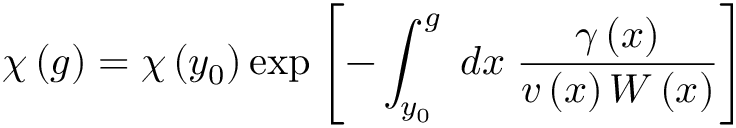
\chi \left( g \right) = \chi \left( y _ { 0 } \right) \exp \left[ - \int _ { y _ { 0 } } ^ { g } \; d x \; \frac { \gamma \left( x \right) } { v \left( x \right) W \left( x \right) } \right]